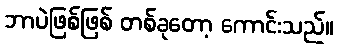
ဘာပဲဖြစ်ဖြစ် တစ်ခုတော့ ကောင်းသည်။